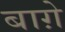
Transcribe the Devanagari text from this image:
बाग़े